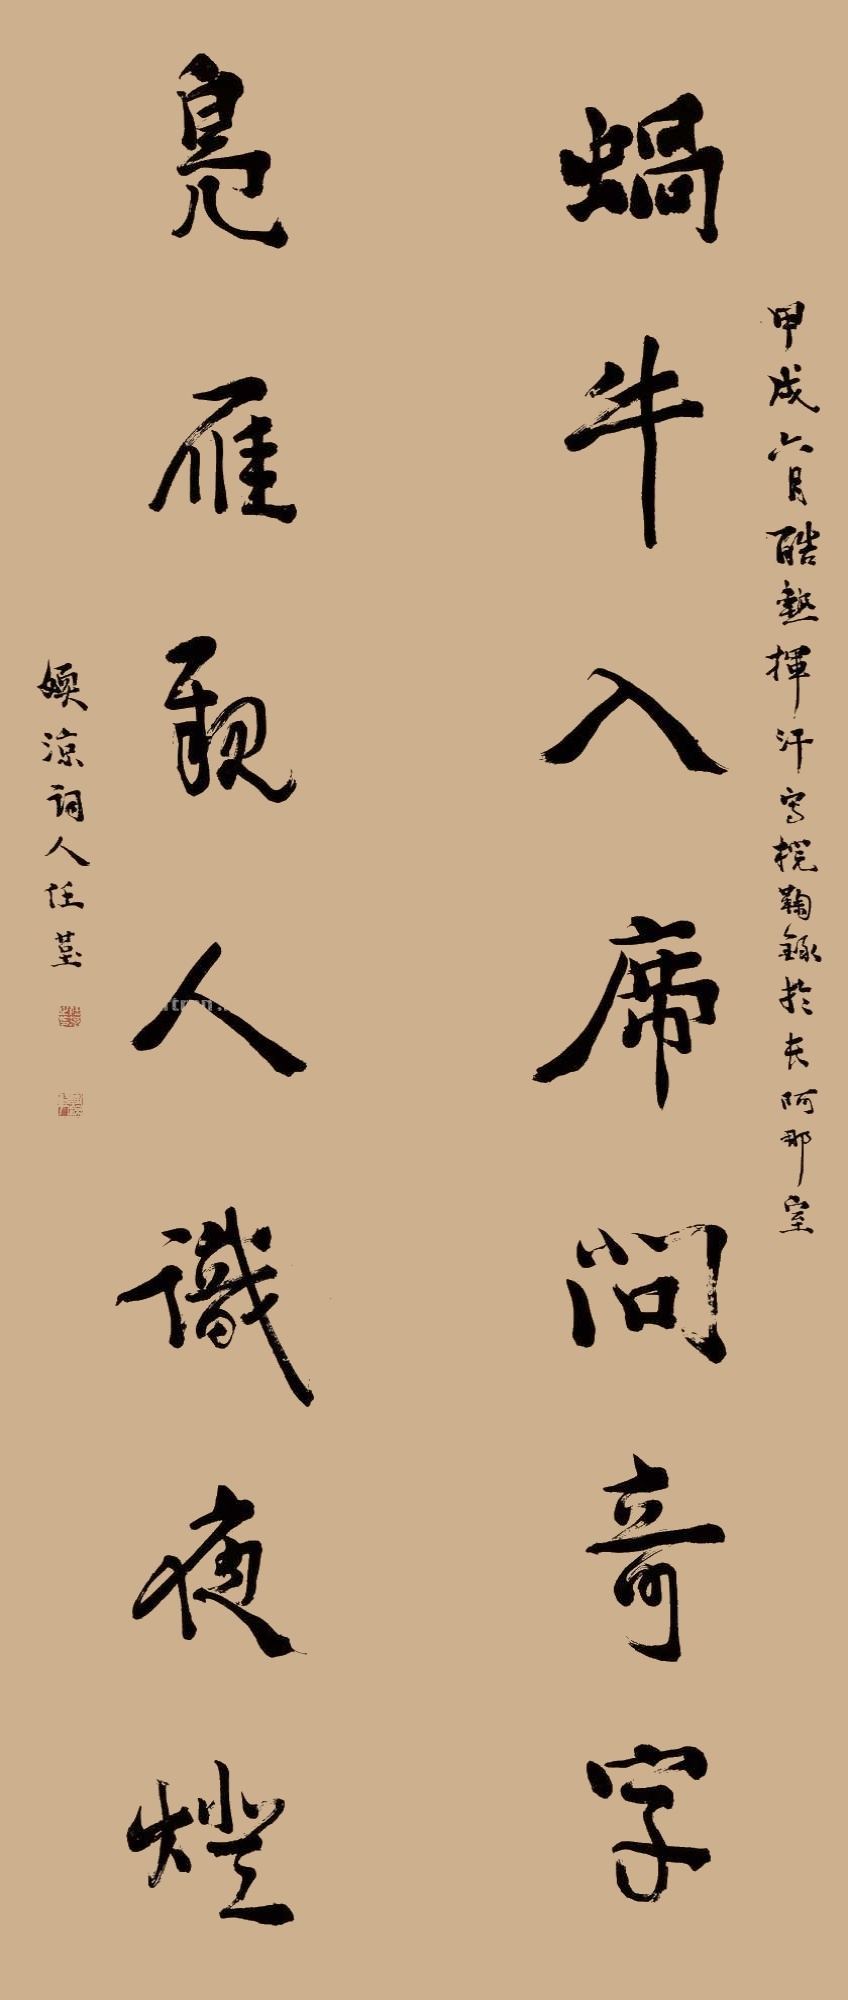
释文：蜗牛入席问奇字，凫雁亲人识夜灯。甲戌六月酷热，挥汗写《梡鞠录》于长阿那室，嫩凉词人任堇。